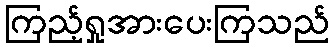
ကြည့်ရှုအားပေးကြသည်